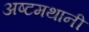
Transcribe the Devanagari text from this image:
अष्टमथानी